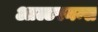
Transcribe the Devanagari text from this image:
आल्टरनन्स